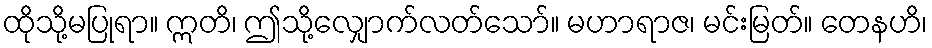
ထိုသို့မပြုရာ။ ဣတိ၊ ဤသို့လျှောက်လတ်သော်။ မဟာရာဇ၊ မင်းမြတ်။ တေနဟိ၊